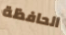
الحافظة